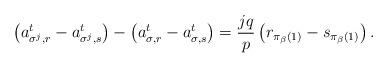
LaTeX: \begin{align*}\left(a^t_{\sigma^j, r}-a^t_{\sigma^j, s}\right)-\left(a^t_{\sigma, r}- a^t_{\sigma, s} \right)=\frac{jq}{p}\left({r}_{\pi_\beta(1)}-{s}_{\pi_\beta(1)} \right). \end{align*}